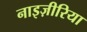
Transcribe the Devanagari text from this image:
नाइज़ीरिया